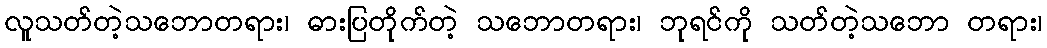
လူသတ်တဲ့သဘောတရား၊ ဓားပြတိုက်တဲ့ သဘောတရား၊ ဘုရင်ကို သတ်တဲ့သဘော တရား၊